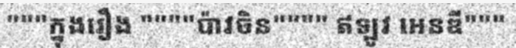
"""ក្នុងរឿង """"ប៉ាវចិន"""" ឥឡូវ អេនឌី"""